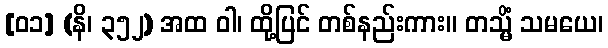
[၀၁] (နိ၊ ၃၅၂) အထ ဝါ၊ ထို့ပြင် တစ်နည်းကား။ တသ္မိံ သမယေ၊